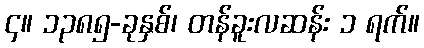
၄။ ၁၃၈၅-ခုနှစ်၊ တန်ခူးလဆန်း ၁ ရက်။